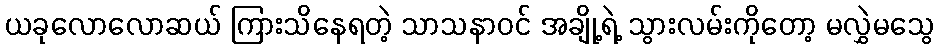
ယခုလောလောဆယ် ကြားသိနေရတဲ့ သာသနာဝင် အချို့ရဲ့ သွားလမ်းကိုတော့ မလွှဲမသွေ